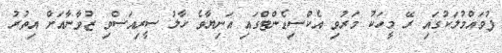
ފުވައްމުލަކުގައި ރޭ މީހަކު މަރުވި އެކްސިޑެންޓްގައި އަނިޔާވެ ހާލު ސީރިއަަސްވި ޒުވާނާއަށް އިތުރު